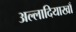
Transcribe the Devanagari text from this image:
अल्लादियाखाँ